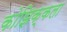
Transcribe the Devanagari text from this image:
कोझिक्कला